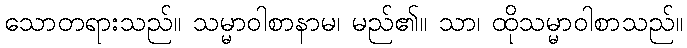
သောတရားသည်။ သမ္မာဝါစာနာမ၊ မည်၏။ သာ၊ ထိုသမ္မာဝါစာသည်။